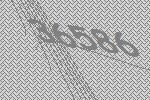
36586